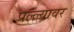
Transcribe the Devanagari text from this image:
पल्ल्यावर